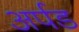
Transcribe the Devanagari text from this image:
अर्पड